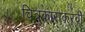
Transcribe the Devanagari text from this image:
चित्रकाराकरवी